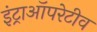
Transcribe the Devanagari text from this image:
इंट्राऑपरेटीव